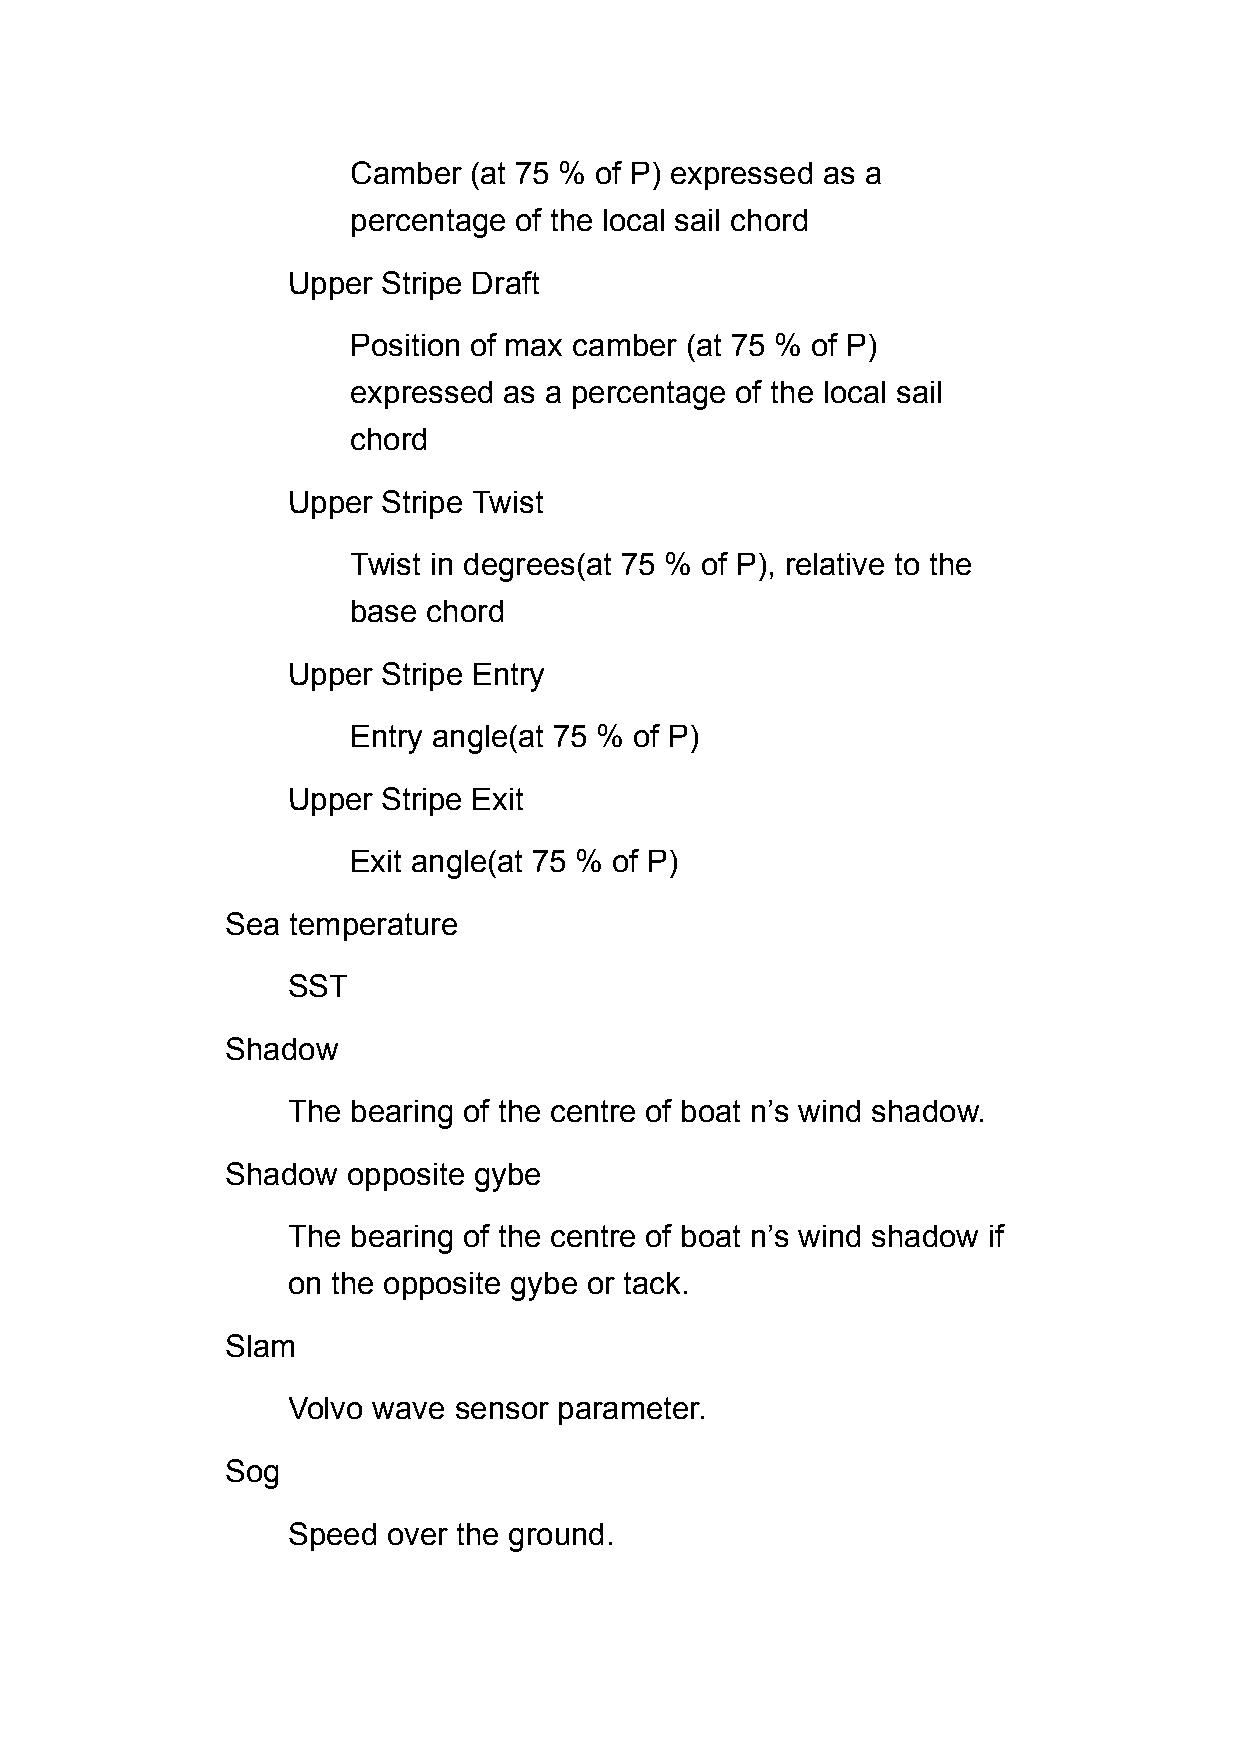
Camber  (at 75 % of P) expressed as a
 percentage of the local sail chord
 Upper Stripe Draft
 Position of max camber (at 75 % of P)
 expressed as a percentage of the local sail
 chord
 Upper Stripe Twist
 Twist in degrees(at 75 % of P), relative to the
 base chord
 Upper Stripe Entry
 Entry angle(at 75 % of P)
 Upper Stripe Exit
 Exit angle(at 75 % of P)
 Sea temperature
 SST
 Shadow
 The bearing of the centre of boat n’s wind shadow.
 Shadow  opposite gybe
 The bearing of the centre of boat n’s wind shadow if
 on the opposite gybe or tack.
 Slam
 Volvo wave sensor parameter.
 Sog
 Speed  over the ground.